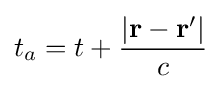
t_{a}=t+{\frac {|\mathbf {r} -\mathbf {r} '|}{c}}